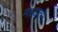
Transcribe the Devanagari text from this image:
मध्यतम